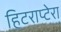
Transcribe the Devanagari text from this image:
हिटराप्टेरा